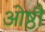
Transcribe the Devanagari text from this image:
ओष्ठौ